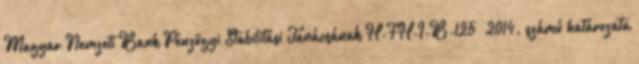
Magyar Nemzeti Bank Pénzügyi Stabilitási Tanácsának H-FH-I-B-125 2014. számú határozata